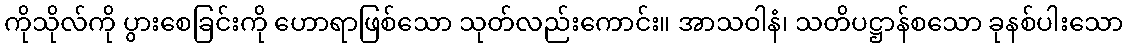
ကိုသိုလ်ကို ပွားစေခြင်းကို ဟောရာဖြစ်သော သုတ်လည်းကောင်း။ အာသဝါနံ၊ သတိပဋ္ဌာန်စသော ခုနစ်ပါးသော